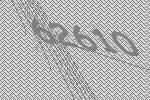
62610